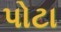
પોટા